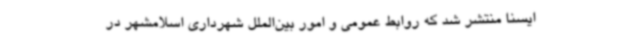
ایسنا منتشر شد که روابط عمومی و امور بین‌الملل شهرداری اسلامشهر در